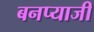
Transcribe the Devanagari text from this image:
बनप्याजी